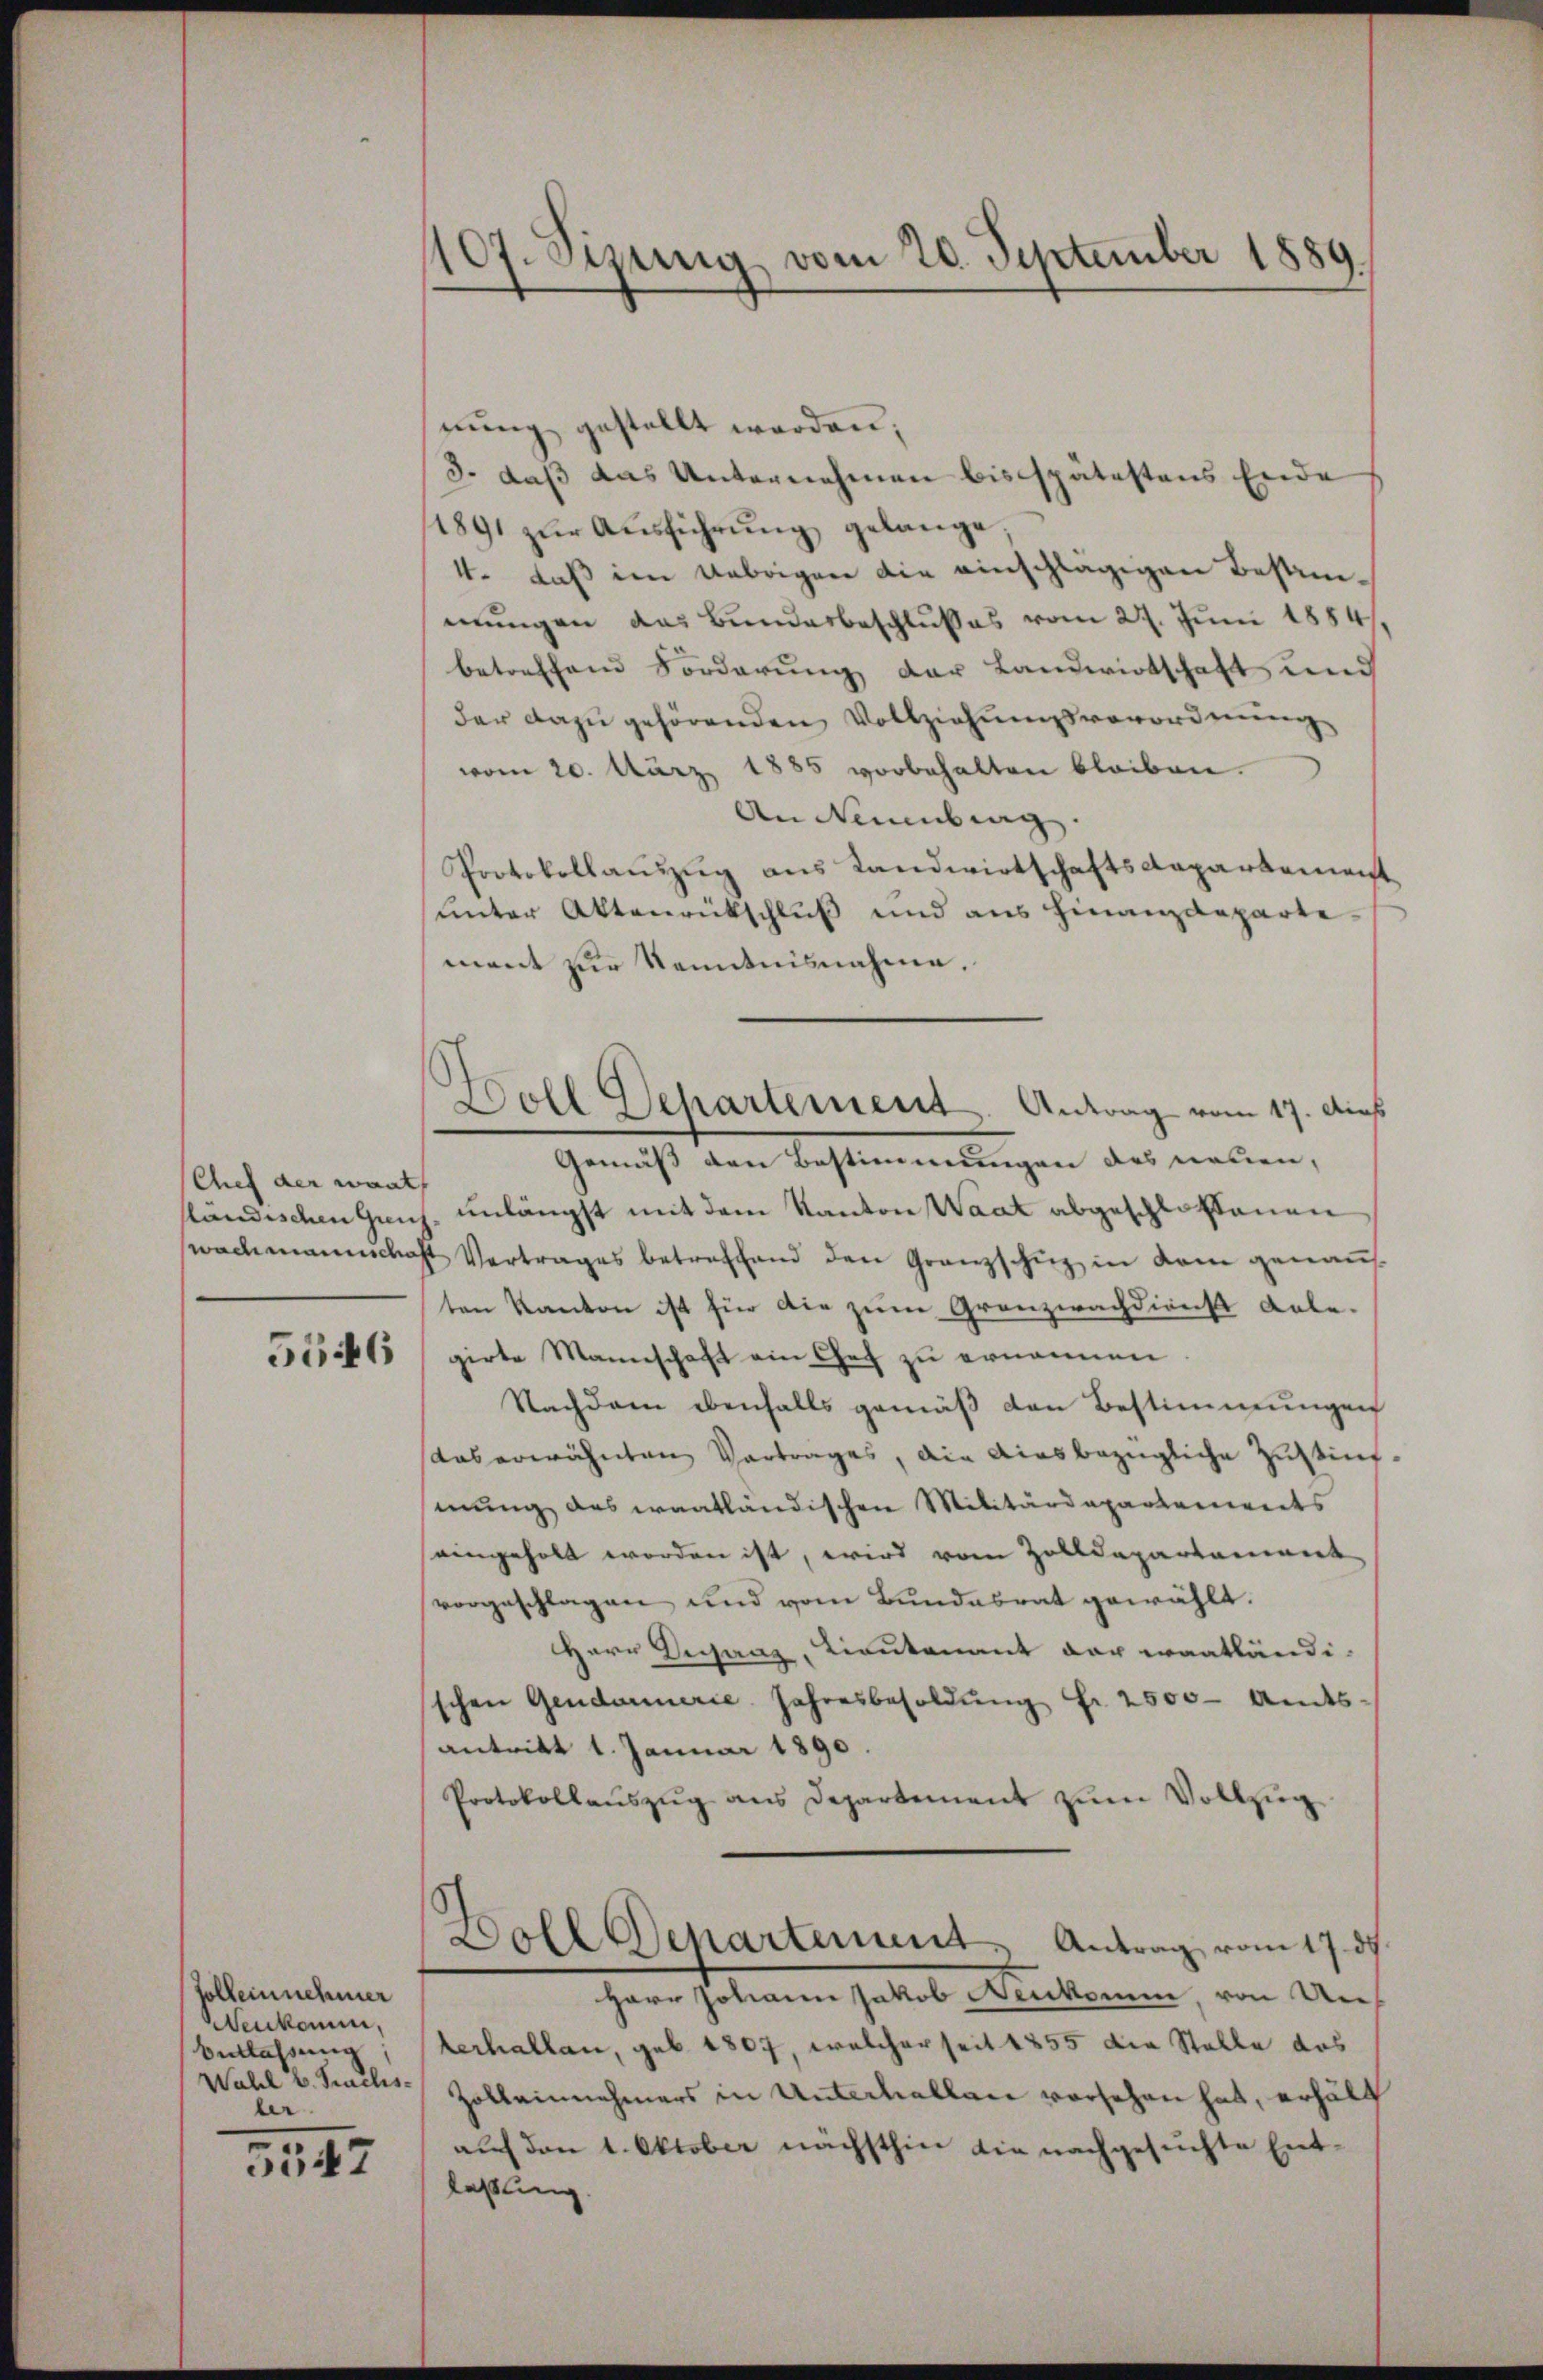
Chef der want

5546

sollernehmer
Wenkomm,
berlassung
Wahl v. Praelis.
ber

3547

107. Sizung vom 20. September 1889.

nung gestellt werden;
3. daß das Unternehmen bis spätestens Ende
1891 zŭr Aŭsführŭng gelange;
1. daß im Uebrigen die einschlägigen Bestimmungen das Bundesbeschlußes vom 27. Juni 1884/
betreffend Forderung der Landwirtschaft und
der dazu gehörenden Vollziehungsverordnung
vom 20. März 1885 vorbehalten bleiben.
An Neuenburg.
Protokollanzug aus Landwirtschaftsdepartemen
unter Aktenrückschluß und aus Finanzdeparte
ment zur Kenntnisnahme,
Gemäß den Bestimmungen des neuen,
ständischen Genf unlängst mit dem Kanton Waat abgeschlossenen
wachmannschaft Vertrages betreffend den Granzschuz in dem genaṅt
ten Kanton ist für die zum Granzwachdienst Anlegirte Mannschaft ein Chef zu ernennen.
Nachdem ebenfalls gemäβ den Bestimmungen
aus erwähnten Vortrages, die ainsbezügliche Zustim
mung des waatländischen Militärdepartenwerts
eingeholt worden ist, wird vom Zolldepartement
vorgeschlagen und vom Bundesrat gewählt.
HHerr Veranz, Lieutenant der wantländi-
schen Gendarmerie Jahresbesoldŭng fr. 2500- Amts-
antritt 1. Januar 1890.
Protokollaŭszŭg ans Departement zŭm Vollzŭg
Boll Departement Antrag vom 17. 57
Herr Johann Jakob Neukomm, von Unterhallen, geb. 1807, welcher seit 1855 die Stelle das
Zolleinnehmers in Unterhallen vorsehen hat, erhält
auf den 1. Oktober nächsthin die nachgesuchte Ent-
lassung.

Doll Departement. Antrag vom 17. Aus